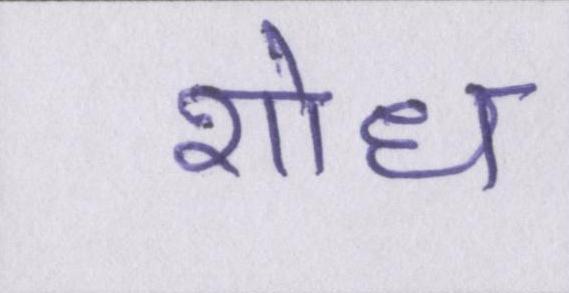
शोध